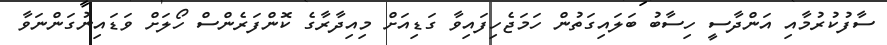
ސާފުކުރުމާއި އަންދާސީ ހިސާބު ބަލައިގަތުން ހަމަޖެހިފައިވާ ގަޑިއަށް މިއިދާރާގެ ކޮންފަރެންސް ހޯލަށް ވަޑައިނުގަންނަވާ